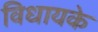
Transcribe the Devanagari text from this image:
विधायके